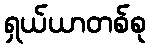
ရှယ်ယာတစ်စု